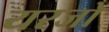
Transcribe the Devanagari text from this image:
यरजो